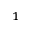
^ 1